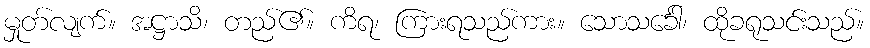
မှုတ်လျက်။ အဋ္ဌာသိ၊ တည်၏။ ကိရ၊ ကြားရသည်ကား။ သောသင်္ခေါ၊ ထိုခရုသင်းသည်။